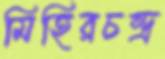
মিহিরচন্দ্র